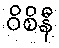
ဝိစိနီ